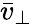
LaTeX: \bar{v}_{\perp}